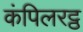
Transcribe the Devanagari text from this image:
कंपिलरट्ठ